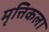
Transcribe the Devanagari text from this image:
मृत्तिकला